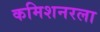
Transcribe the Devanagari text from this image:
कमिशनरला